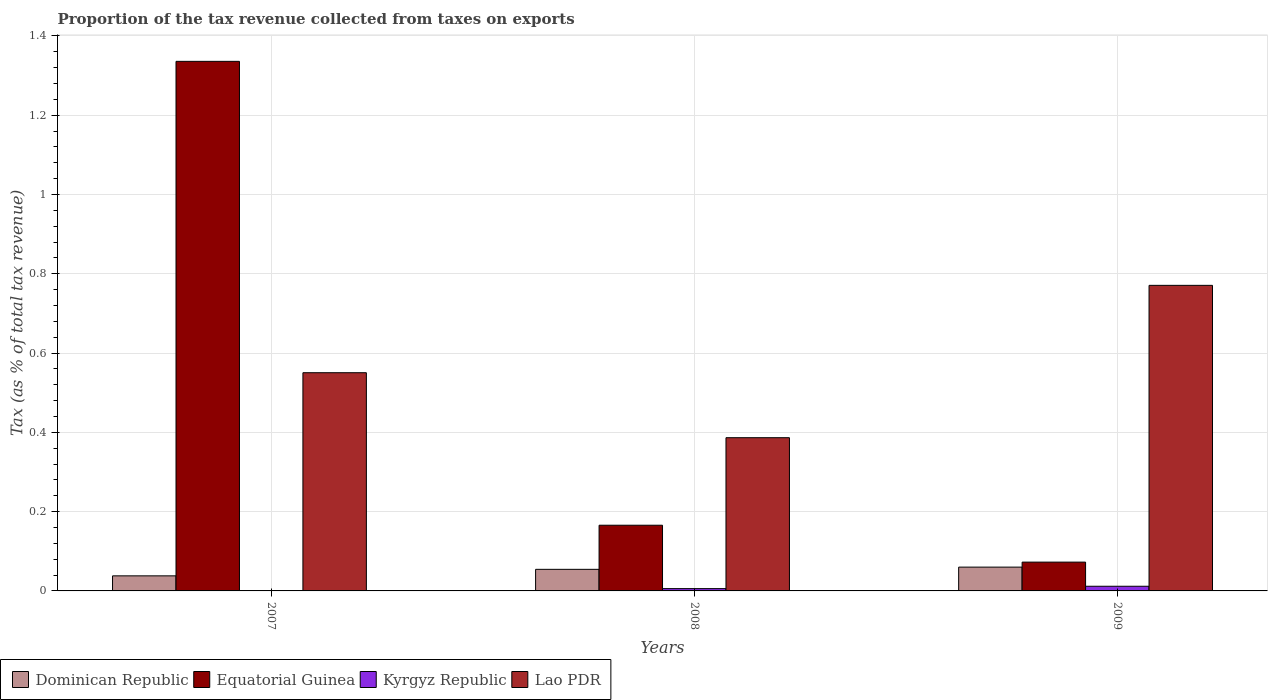
| Years | Dominican Republic | Equatorial Guinea | Kyrgyz Republic | Lao PDR |
 | --- | --- | --- | --- | --- |
 | 2007 | 0.038 | 1.34 | 0.000628 | 0.55 |
 | 2008 | 0.0545 | 0.166 | 0.00583 | 0.386 |
 | 2009 | 0.06 | 0.0727 | 0.0118 | 0.771 |